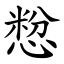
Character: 㥹